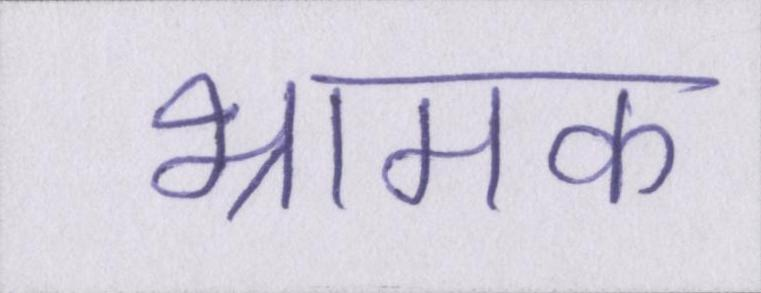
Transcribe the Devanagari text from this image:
भ्रामक